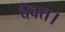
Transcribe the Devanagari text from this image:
दैवत।